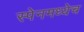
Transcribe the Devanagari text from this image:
स्पेनमध्येच